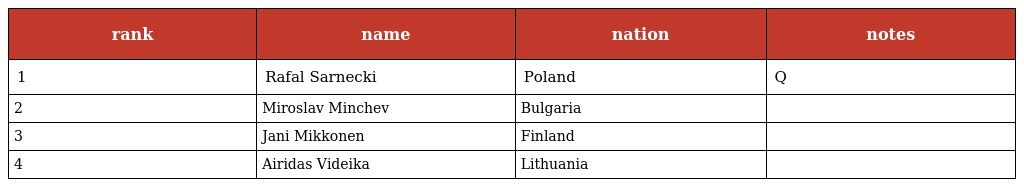
| rank | name | nation | notes |
 | --- | --- | --- | --- |
 | 1 | Rafal Sarnecki | Poland | Q |
 | 2 | Miroslav Minchev | Bulgaria |  |
 | 3 | Jani Mikkonen | Finland |  |
 | 4 | Airidas Videika | Lithuania |  |